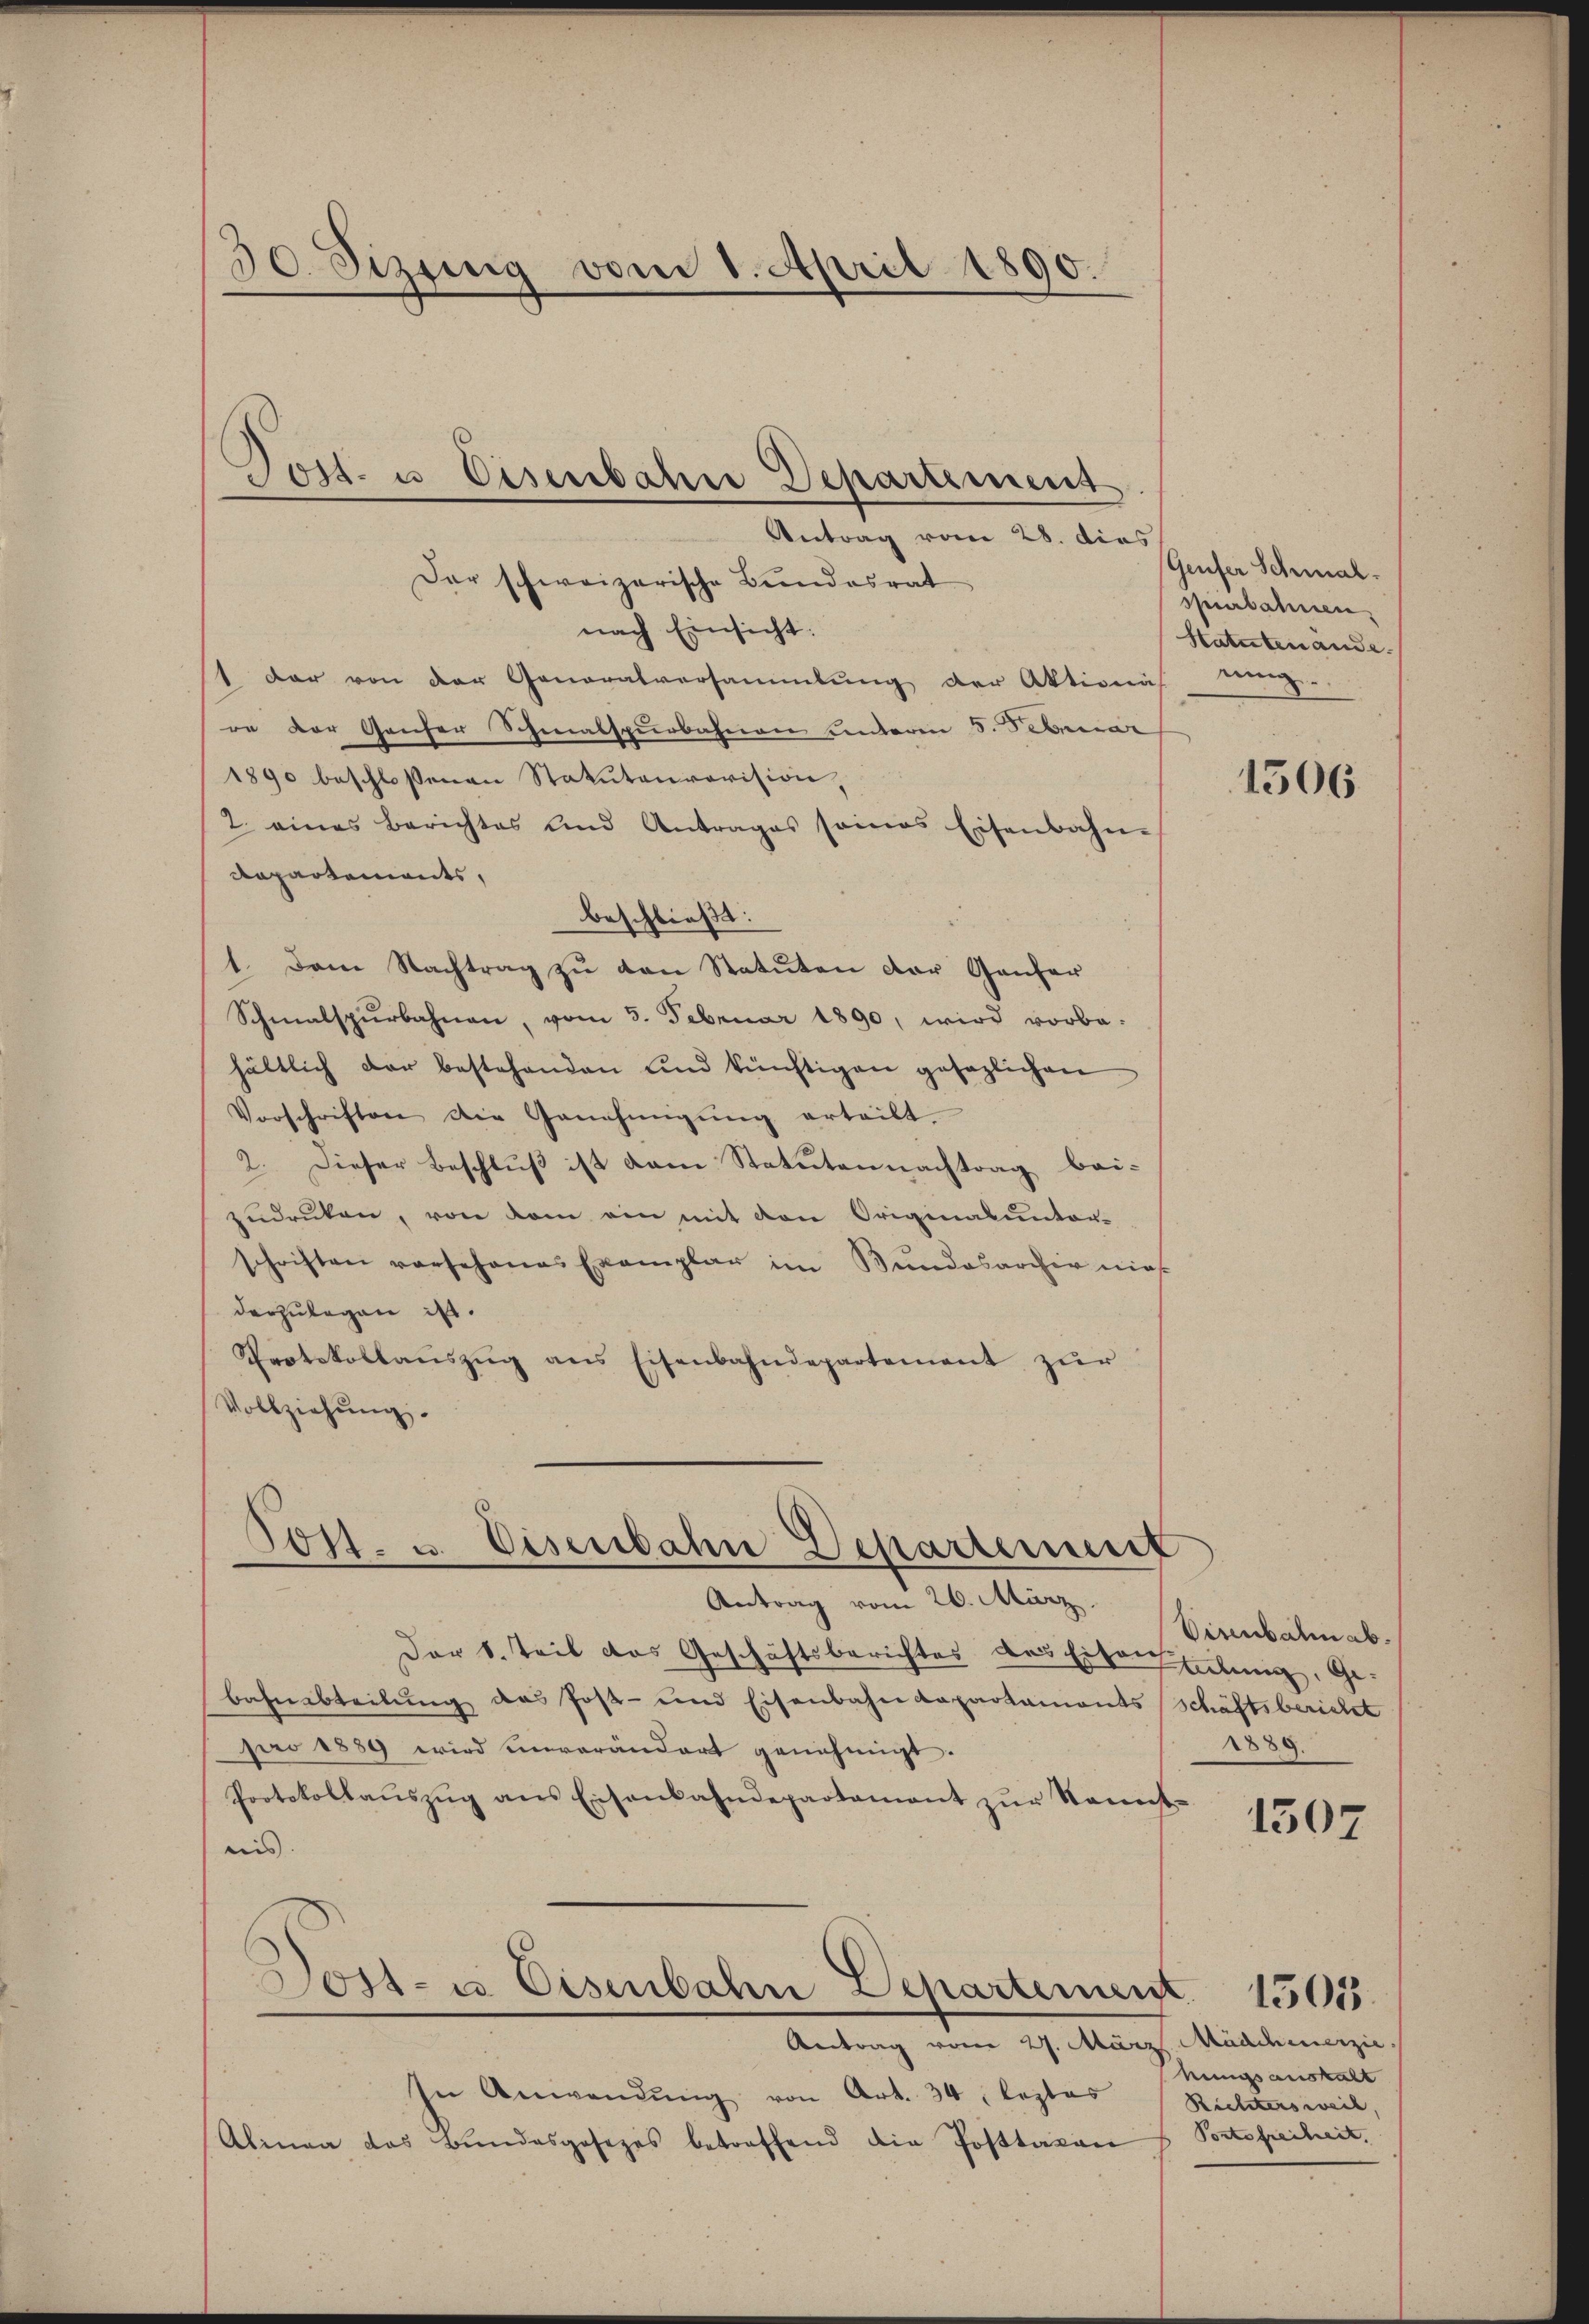
30. Sizig vom 1. April 1890.

nach Einsicht:
1 dar von der Generalversammlung der Aktionähung
re der Ganser Schmalspurbahnen anderen 8. Februar
1890 beschlossenen Statutenrovision,
2. eines Berichtes und Antrages seines Eisenbahn-
Rapartements,
beschließt:
1. Dem Nachtrag zu den Statuten der Ganzer
Schmalspurbahnen, vom 5. Februar 1890, wird vorbe-
hältlich der bestehenden und künftigen gesezlichen
Vorschriften die Genehmigŭng erteilt.
2. Dieser Beschluß ist dem Statutennachtrag bei-
zŭdrüken, von dem ein mit den Originalunter-
schriften vorsehenes Exemplar im Bundesarchiv nie
darzulegen ist.
Protokollaŭszŭg ans Eisenbahndepartement zŭr
Vollziehung.

Post- u. Eisenbahn Departement
Antrag vom 28. dies
Der schweizerische Bundesrat

Post. u. Eisenbahn Departenunt

Antrag vom 27. März. Mädchenerzie
In Anwendŭng von Art. 34, leztes
Alinea das Bŭndesgesezes betreffend die Posttaxan

Genfer Schmal.
spurbahnen
Statutenände.

Antrag vom 26. März.
Der 1. Teil das Geschäftsberichtes des Eisenschung, Ge¬
Bahnbteilung das Post- und Eisenbahndepartaments Schäftsbericht
pro 1889 wird unverändert genehmigt.
Protokollaŭszŭg ans Eisenbahndepartament zŭr Kennt-
nis.
Dost- u Eisenbahn Departement. 1505

1506

Visenbahn ab¬
1889.

1507

hungsanstalt
Richtersweil,
Portefreiheit.